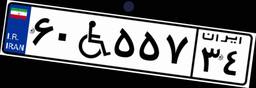
۱۴W۹۵۵۶۹